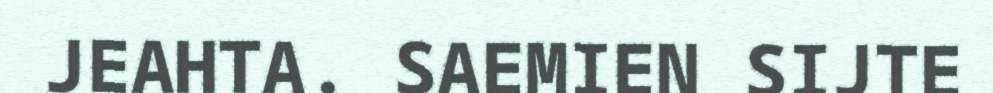
JEAHTA. SAEMIEN SIJTE